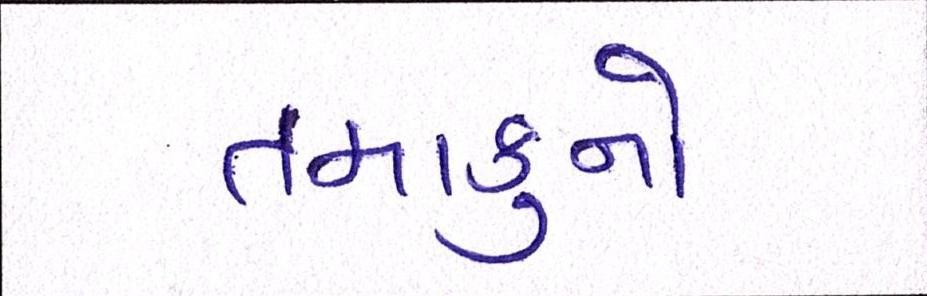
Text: તમાકુનો